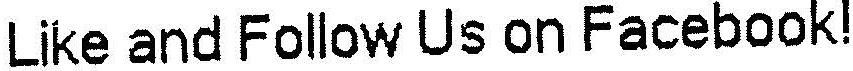
LIKE AND FOLLOW US ON FACEBOOK!